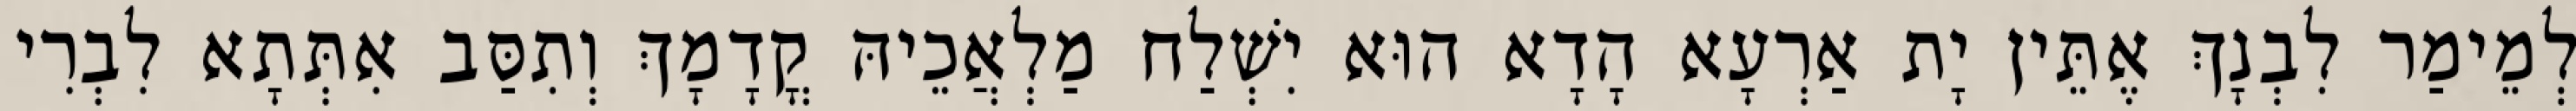
לְמֵימַר לִבְנָךְ אֶתֵּין יָת אַרְעָא הָדָא הוּא יִשְׁלַח מַלְאֲכֵיהּ קֳדָמָךְ וְתִסַּב אִתְּתָא לִבְרִי